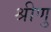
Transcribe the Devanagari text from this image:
श्रीणु